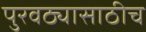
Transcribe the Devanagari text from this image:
पुरवठ्यासाठीच